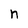
Character: n